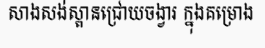
សាងសង់ស្ពានជ្រោយចង្វារ ក្នុងគម្រោង